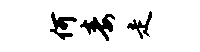
何毒走